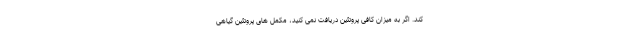
کند. اگر به میزان کافی پروتئین دریافت نمی کنید، مکمل های پروتئین گیاهی